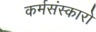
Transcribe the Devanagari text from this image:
कर्मसंस्कारों